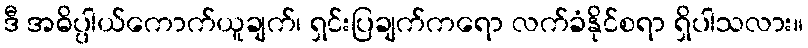
ဒီ အဓိပ္ပါယ်ကောက်ယူချက်၊ ရှင်းပြချက်ကရော လက်ခံနိုင်စရာ ရှိပါသလား။